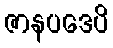
ဇာနပဒေပိ